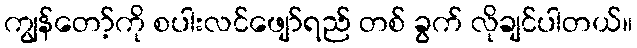
ကျွန်တော့်ကို စပါးလင်ဖျော်ရည် တစ် ခွက် လိုချင်ပါတယ်။